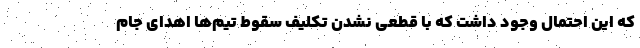
که این احتمال وجود داشت که با قطعی نشدن تکلیف سقوط تیم‌ها اهدای جام